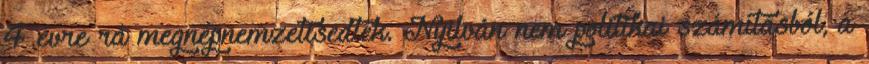
4 évre rá megnépnemzetisedtek. Nyilván nem politikai számításból, a